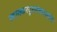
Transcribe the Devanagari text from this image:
खासकरदूरसंचारउद्योग